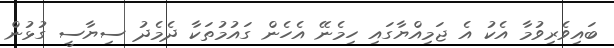
ބައިވެރިވުމާ އެކު އެ ޖަމިއްޔާގައި ހިމެނޭ އެހެން ގައުމުތަކާ ދެމެދު ސިޔާސީ ގުޅުން